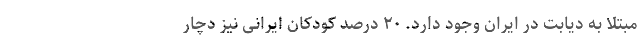
مبتلا به دیابت در ایران وجود دارد. ۲۰ درصد کودکان ایرانی نیز دچار